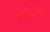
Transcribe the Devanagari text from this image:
एपेलेश